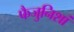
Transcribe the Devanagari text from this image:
फैजुनिशां